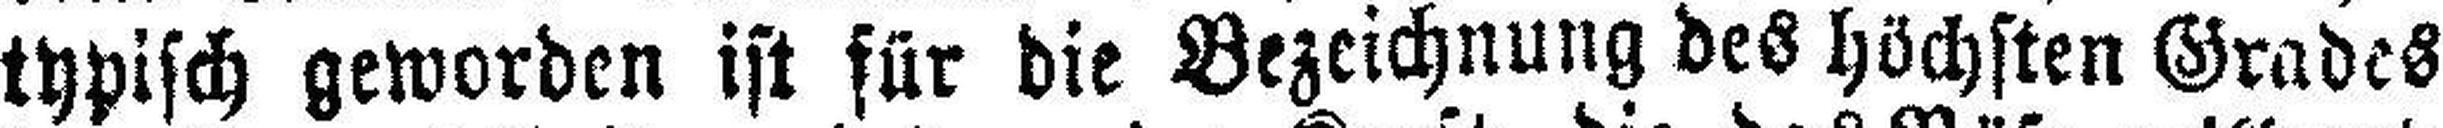
typisch geworden ist für die Bezeichnung des höchsten Grades